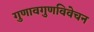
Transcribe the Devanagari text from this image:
गुणावगुणविवेचन